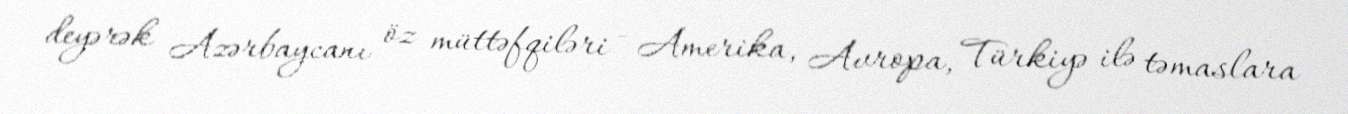
deyərək Azərbaycanı öz müttəfqiləri - Amerika, Avropa, Türkiyə ilə təmaslara